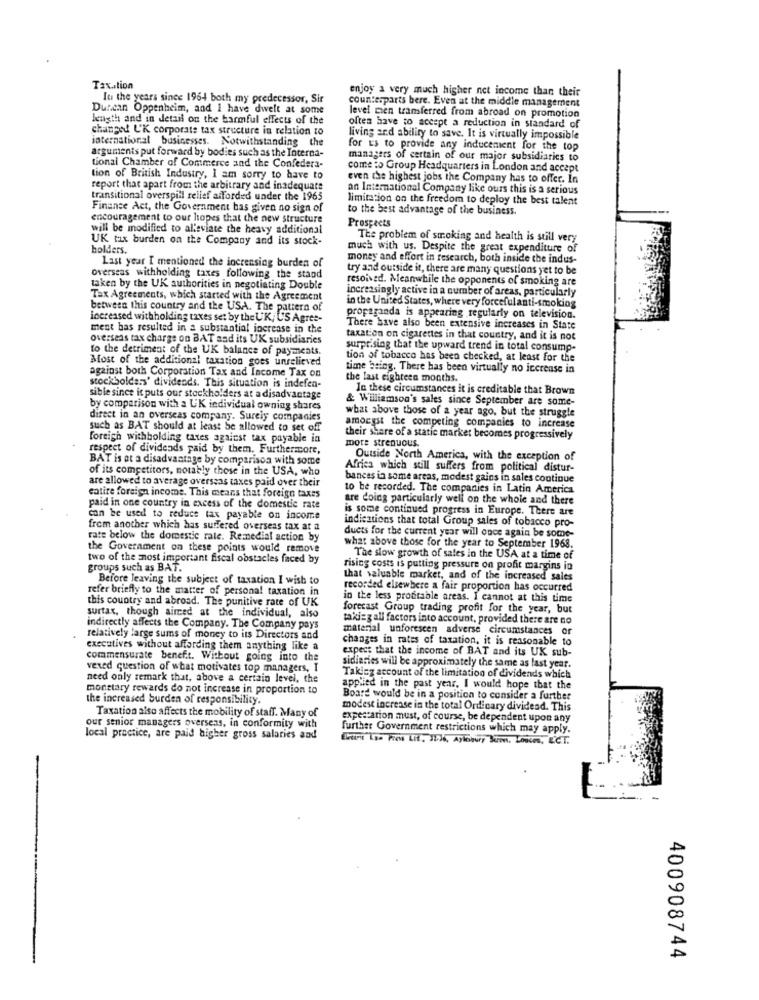
Tax .. tion
enjoy a very much higher net income than their
It the years since 1964 both my predecessor, Sir
counterparts bere. Even at the middle management
Duncan Oppenheim, and I have dwelt at some
length and in detail on the harmful effects of the
level men transferred from abroad on promotion
changed L'K corporate tax structure in relation to
often have to accept a reduction in standard of
international businesses. Notwithstanding the
living and ability to save. It is virtually impossible
arguments put forward by bodies such as the Interna-
for us to provide any inducement for the top
managers of certain of our major subsidiaries to
tional Chamber of Commerce and the Confedera-
come to Group Headquarters in London and accept
tion of British Industry, I am sorry to have to
even the highest jobs the Company has to offer. In
report that apart from the arbitrary and inadequate
an International Company like ours this is a serious
transitional overspill relief afforded under the 1965
limitation on the freedom to deploy the best talent
Finanse Act, the Government has given no sign of
to the best advantage of the business.
encouragement to our hopes that the new structure
will be modified to alleviate the heavy additional
Prospects
UK tax burden on the Company and its stock-
The problem of stroking and health is still very
holders.
much with us. Despite the great expenditure of
Last year I mentioned the increasing burden of
money and effort in research, both inside the indus-
try and outside it, there are many questions yet to be
overseas withholding taxes following the stand
resolved. Meanwhile the opponents of smoking are
taken by the UK authorities in negotiating Double
increasingly active in a number of areas, particularly
Tax Agreements, which started with the Agreement
between this country and the USA. The pattern of
in the United States, where very forcefulanti-smoking
increased withholding taxes set by the UK, U'S Agres-
propaganda is appearing regularly on television.
ment has resulted in a substantial increase in the
There have also been extensive increases in State
overseas tax charge on BAT and its UK subsidiaries
taxation on cigarettes in that country, and it is not
to the detriment of the UK balance of payments.
surprising that the upward trend in total consump-
Most of the additional taxation goes unrelieved
tion of tobacco has been checked, at least for the
against both Corporation Tax and Income Tax on
time being. There has been virtually no iccrease in
the last eighteen months.
stockholders' dividends. This situation is indefen-
In these circumstances it is creditable that Brown
sible since it puts our stockholders at a disadvantage
& Williamson's sales since September are some-
by comparison with a U'K individual owning shares
direct in an overseas company. Surely companies
what above those of a year ago, but the struggle
such as BAT should at least be allowed to set off
amongst the competing companies to increase
foreigh withholding taxes against tax payable in
their share of a static marker becomes progressively
more strenuous.
respect of dividends paid by them. Furthermore,
BAT is at a disadvantage by comparison with some
Outside North America, with the exception of
of its competitors, notably those in the USA, who
Africa which still suffers from political distur-
are allowed to average overseas taxes paid over their
bances in some areas, modest gains in sales continue
to be recorded. The companies in Latin America
eatire foreign income. This means that foreign taxes
are doing particularly well on the whole and there
paid in one country in excess of the domestic rate
is some continued progress in Europe. There are
can be used to reduce tax payable on income
indications that total Group sales of tobacco pro-
from another which has suffered overseas tax at a
ducts for the current year will once again be some-
rate below the domestic rate. Remedial action by
the Government on these points would remove
what above those for the year to September 1968.
two of the most important fiscal obstacles faced by
The slow growth of sales in the USA at a time of
groups such as BAT.
rising costs is putting pressure on profit margins in
Before leaving the subject of taxation I wish to
that valuable market, and of the increased sales
refer briefly to the matter of personal taxation in
recorded elsewhere a fair proportion has occurred
this country and abroad. The punitive rate of UK
in the less profitable areas. I cannot at this time
forecast Group trading profit for the year, but
surtax, though aimed at the individual, also
taking all factors into account, provided there are no
indirectly affects the Company. The Company pays
material unforeseen adverse circumstances or
relatively large sums of money to its Directors and
changes in rates of taxation, it is reasonable to
executives without affording them anything like a
expect that the income of BAT and its UK sub-
commensurate beneft. Without going into the
vexed question of what motivates top managers, I
sidiaries will be approximately the same as last year.
need only remark that, above a certain level, the
Takicz account of the limitation of dividends which
monetary rewards do not increase in proportion to
applied in the past year, I would hope that the
the increased burden of responsibility.
Board would be in a position to consider a further
Taxation also affects the mobility of staff. Many of
modest increase in the total Ordinary dividend. This
expectation must, of course, be dependent upon any
our senior managers overseas, in conformity with
further Government restrictions which may apply.
local practice, are paid higher gross salaries and
400908744